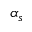
\alpha _ { s }